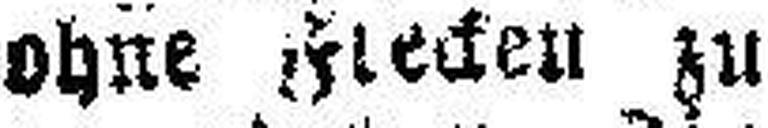
ohne Flecken zu